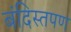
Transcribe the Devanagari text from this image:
बंदिस्तपण